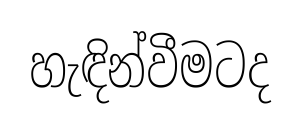
හැඳින්වීමටද